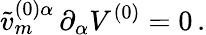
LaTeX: \tilde{v}_{m}^{(0)\alpha}\, \partial_{\alpha}V^{(0)}=0\, .